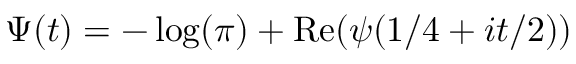
\Psi ( t ) = - \log ( \pi ) + \operatorname { R e } ( \psi ( 1 / 4 + i t / 2 ) )